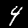
Label: 4